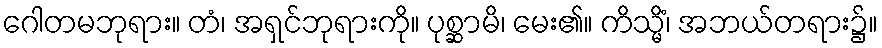
ဂေါတမဘုရား။ တံ၊ အရှင်ဘုရားကို။ ပုစ္ဆာမိ၊ မေး၏။ ကိသ္မိံ၊ အဘယ်တရား၌။